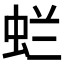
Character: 𱿞